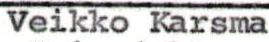
Veikko Karsma